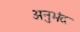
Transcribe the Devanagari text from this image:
अनुभंद